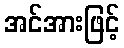
အင်အားဖြင့်